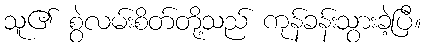
သူ၏ စွဲလမ်းစိတ်တို့သည် ကုန်ခန်းသွားခဲ့ပြီ။